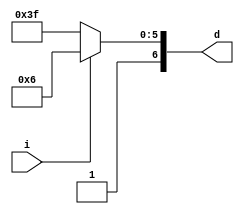
module Seven_Segmentc(i,d);
  
  parameter output_bit = 7;
  
  input i;
  output [output_bit-1:0]d;
  
  reg [output_bit-1:0]d;
  
 
  always @(*) begin
	 if(i == 1'b1) d <= 7'b100_0110; //C
	 else d<=7'b111_1111;
    end
  endmodule